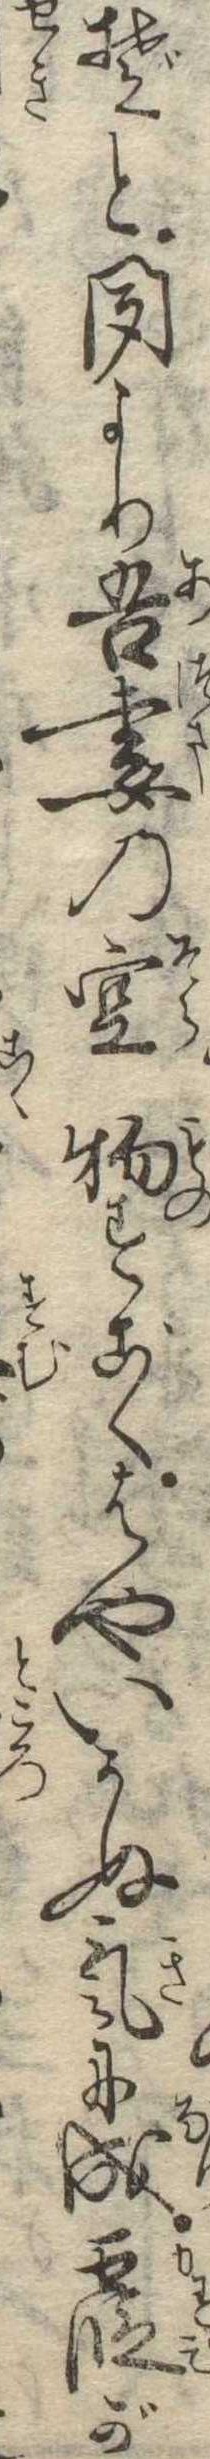
ぞと聞より吾妻の空物すごくはやいかぬ気に成霞が